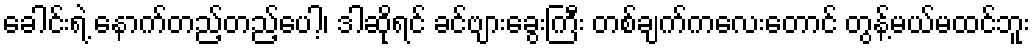
ခေါင်းရဲ့ နောက်တည့်တည့်ပေါ့၊ ဒါဆိုရင် ခင်ဗျားခွေးကြီး တစ်ချက်ကလေးတောင် တွန့်မယ်မထင်ဘူး